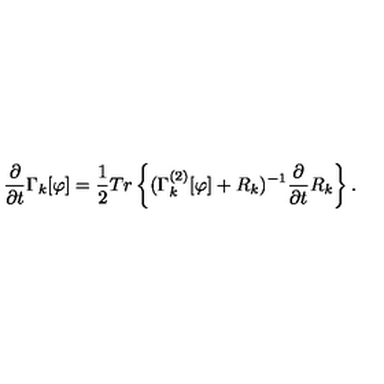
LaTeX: \frac { \partial } { \partial { t } } \Gamma _ { k } [ \varphi ] = \frac { 1 } { 2 } { T } { r } \left\{ ( \Gamma _ { k } ^ { ( 2 ) } [ \varphi ] + { R } _ { k } ) ^ { - 1 } \frac { \partial } { \partial { t } } { R } _ { k } \right\} .